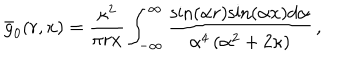
LaTeX: { \bar { g } } _ { 0 } ( r , x ) = \frac { { \kappa } ^ { 2 } } { { \pi } r x } \int _ { - \infty } ^ { \infty } \frac { { \sin } ( { \alpha } r ) { \sin } ( { \alpha } x ) d { \alpha } } { { \alpha } ^ { 4 } \left( { \alpha } ^ { 2 } + 2 { \kappa } \right) } \, ,